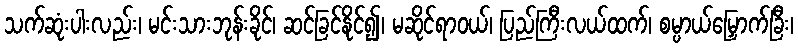
သက်ဆုံးပါးလည်း၊ မင်းသားဘုန်းခိုင်၊ ဆင်ခြင်နိုင်၍၊ မဆိုင်ရာဝယ်၊ ပြည်ကြီးလယ်ထက်၊ စမ္ပာယ်မြှောက်ခြီး၊